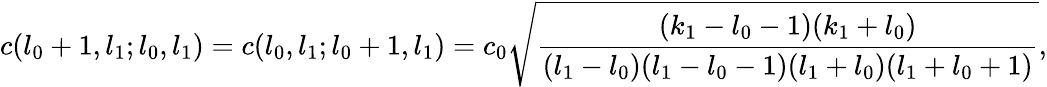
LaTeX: c(l_{0}+1,l_{1};l_{0},l_{1})=c(l_{0},l_{1};l_{0}+1,l_{1})=c_{0}\sqrt{\frac{(k_{1}-l_{0}-1)(k_{1}+l_{0})}{(l_{1}-l_{0})(l_{1}-l_{0}-1)(l_{1}+l_{0})(l_{1}+l_{0}+1)}},